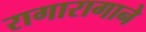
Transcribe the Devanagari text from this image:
रागारागाने